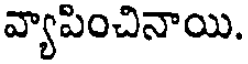
వ్యాపించినాయి.